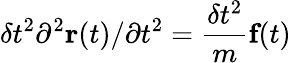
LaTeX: \delta t^{2}\partial^{2}\textbf{r}(t)/\partial t^{2}=\frac{\delta t^{2}}{m}\textbf{f}(t)